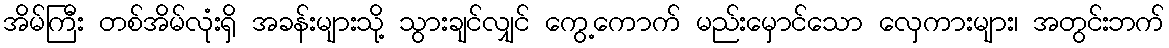
အိမ်ကြီး တစ်အိမ်လုံးရှိ အခန်းများသို့ သွားချင်လျှင် ကွေ့ကောက် မည်းမှောင်သော လှေကားများ၊ အတွင်းဘက်